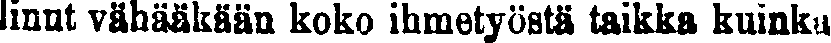
linut vähääkään koko ihmetyöstä taikka kuinka